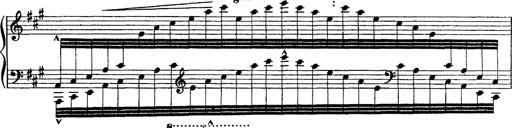
Title: Ã‰tudes d'exÃ©cution transcendante d'aprÃ¨s Paganini
Composer: Franz Liszt